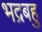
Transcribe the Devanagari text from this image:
भद्रबहु